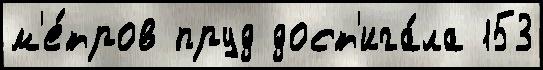
м'е́тров пруд дост'ига́ла 153